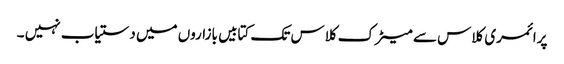
پرائمری کلاس سے میٹرک کلاس تک کتابیں بازاروں میں دستیاب نہیں ۔